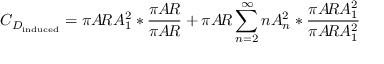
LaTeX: C _ { D _ { \mathrm { i n d u c e d } } } = \pi A \! R A _ { 1 } ^ { 2 } * { \frac { \pi A \! R } { \pi A \! R } } + \pi A \! R \sum _ { n = 2 } ^ { \infty } n A _ { n } ^ { 2 } * { \frac { \pi A \! R A _ { 1 } ^ { 2 } } { \pi A \! R A _ { 1 } ^ { 2 } } }